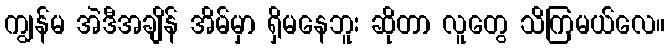
ကျွန်မ အဲဒီအချိန် အိမ်မှာ ရှိမနေဘူး ဆိုတာ လူတွေ သိကြမယ်လေ။